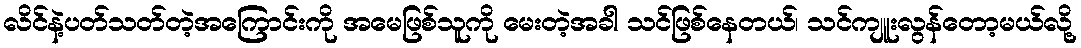
လိင်နဲ့ပတ်သတ်တဲ့အကြောင်းကို အမေဖြစ်သူကို မေးတဲ့အခါ သင်ဖြစ်နေတယ်၊ သင်ကျူးလွန်တော့မယ်လို့